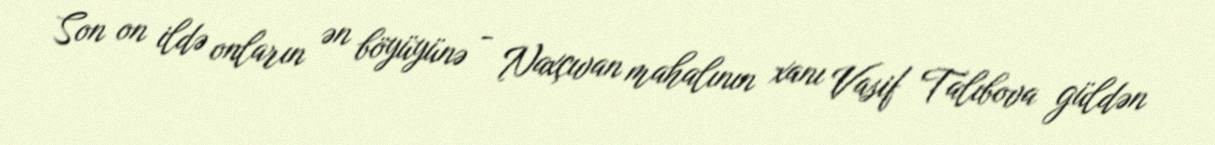
Son on ildə onların ən böyüyünə - Naxçıvan mahalının xanı Vasif Talıbova güldən